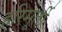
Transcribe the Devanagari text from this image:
हरिमूर्ती